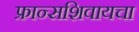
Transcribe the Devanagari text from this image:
फ्रान्सशिवायचा